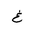
Letter: _gayn